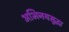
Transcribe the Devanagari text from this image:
अभिनयसुद्धा